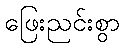
ဖြေးညင်းစွာ